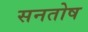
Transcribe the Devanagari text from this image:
सनतोष